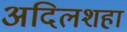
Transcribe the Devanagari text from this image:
अदिलशहा